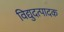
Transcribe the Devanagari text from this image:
विद्युदत्पादक